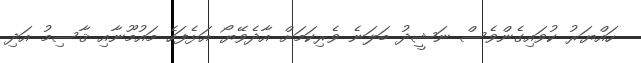
ހައްޔަރު ކުވައިގެންވެސް ނަޝީދު ބަލަނެ ވެރިކަމަށް އާދެވޭޔޯ އަޅެފަހެ މައުމޫނާއި ޤާސިމު އަދި